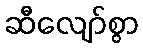
ဆီလျော်စွာ